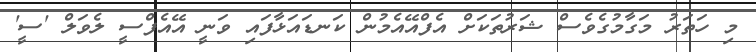
މި ހަތަރު މަގާމުގެވެސް ޝަރުތަކަށް އެފްއޭއެމުން ކަނޑައަޅާފައި ވަނީ އޭއެފްސީ ލެވަލް 'ސީ'